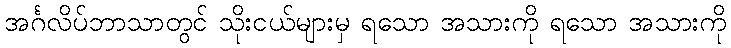
အင်္ဂလိပ်ဘာသာတွင် သိုးငယ်များမှ ရသော အသားကို ရသော အသားကို